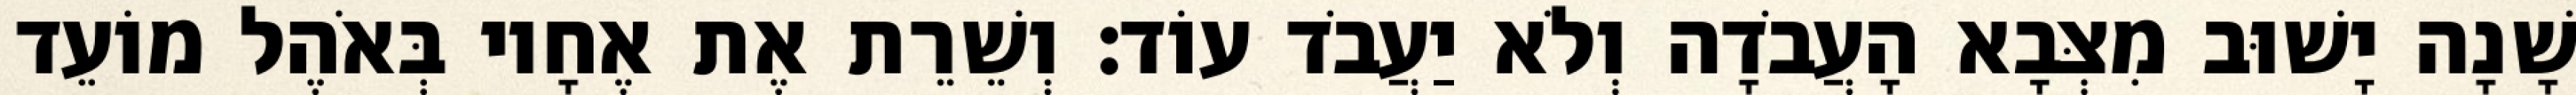
שָׁנָה יָשׁוּב מִצְּבָא הָעֲבֹדָה וְלֹא יַעֲבֹד עוֹד׃ וְשֵׁרֵת אֶת אֶחָיו בְּאֹהֶל מוֹעֵד